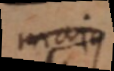
majus